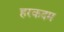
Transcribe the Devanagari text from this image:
हरकदम